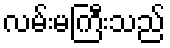
လမ်းမကြီးသည်